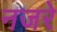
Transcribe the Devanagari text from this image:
नजरे